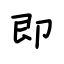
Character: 即